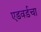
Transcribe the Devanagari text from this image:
एडवर्डचा